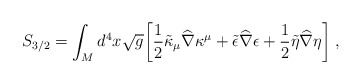
\begin{align*}S_{3/2} = \int_{M} d^{4}x \sqrt{g} \biggr[ {1\over 2}\tilde{\kappa}_{\mu}{\widehat \nabla}\kappa^{\mu} +\tilde{\epsilon}{\widehat \nabla}\epsilon+{1\over 2}\tilde{\eta}{\widehat \nabla} \eta \biggr] \; ,\end{align*}